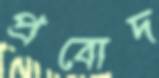
প্রবোদ